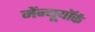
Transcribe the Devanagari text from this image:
मेंन्यूयॉर्क